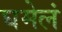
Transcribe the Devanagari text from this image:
घमेलं